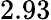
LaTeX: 2.93